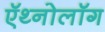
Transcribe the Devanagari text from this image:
ऍथ्नोलॉग